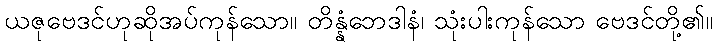
ယဇုဗေဒင်ဟုဆိုအပ်ကုန်သော။ တိန္နံဘေဒါနံ၊ သုံးပါးကုန်သော ဗေဒင်တို့၏။